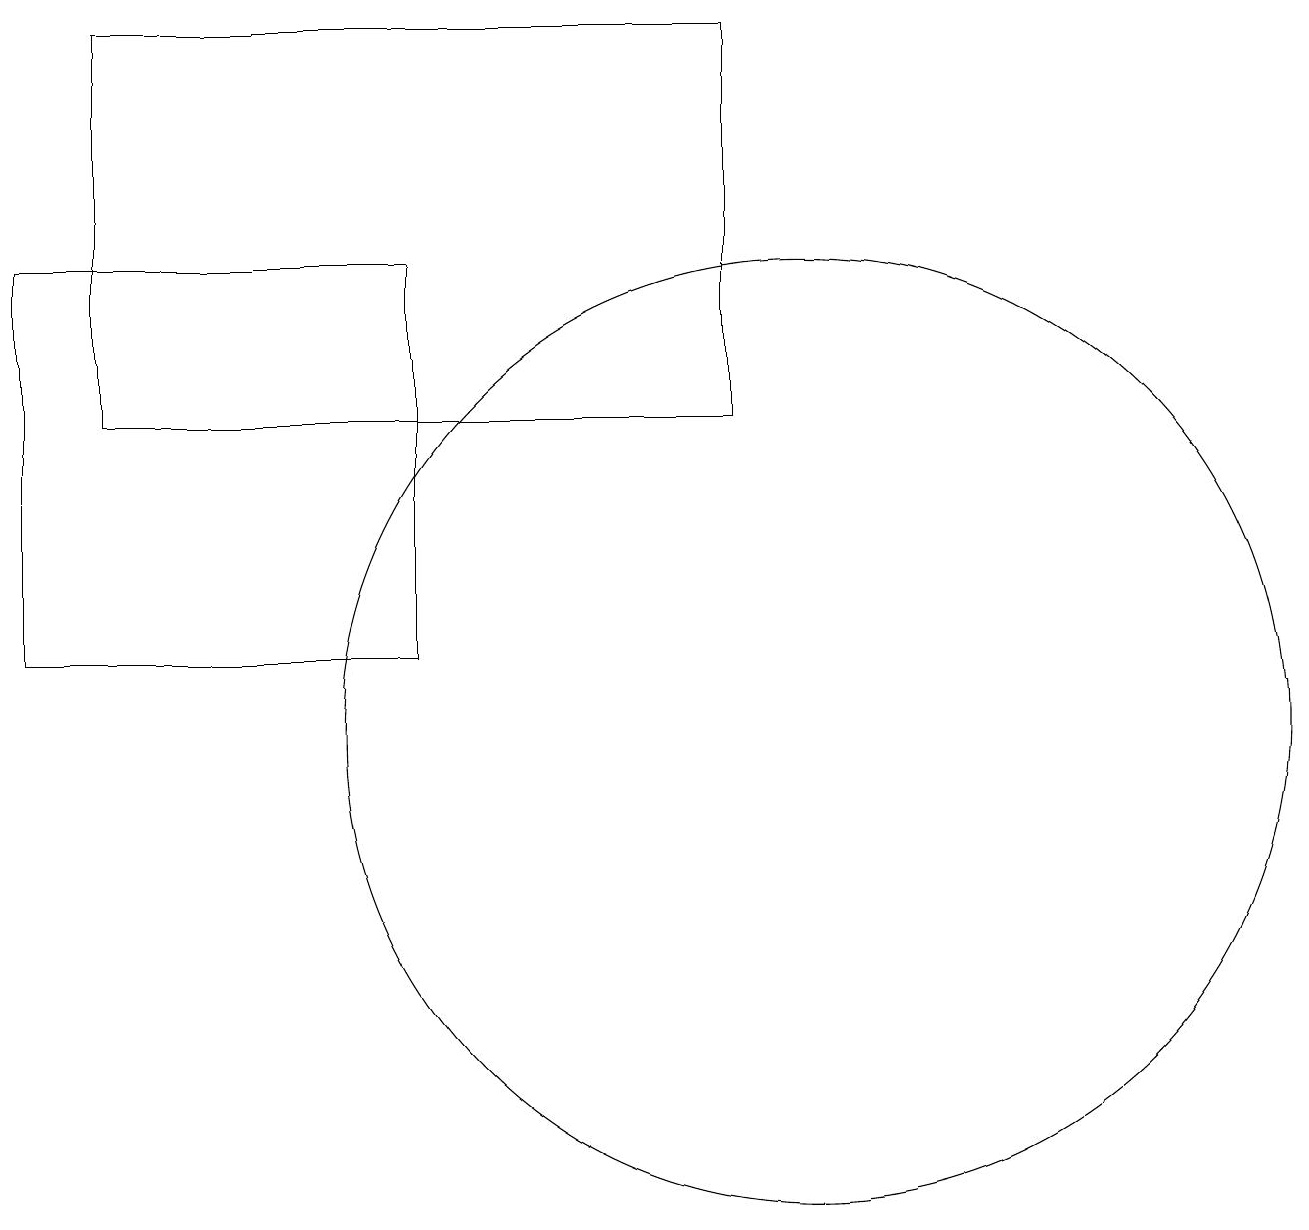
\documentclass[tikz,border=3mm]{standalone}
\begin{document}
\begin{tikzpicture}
\draw (9,14) rectangle (1,19);
\draw (5,11) rectangle (0,16);
\draw (10,10) circle (6);
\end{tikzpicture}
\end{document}